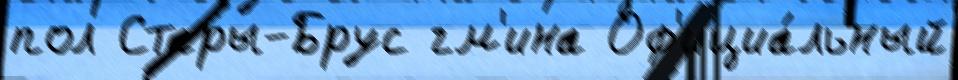
пол Стары-Брус гм'ина Оф'ициа́льный